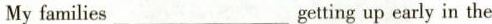
My families___getting up early in the